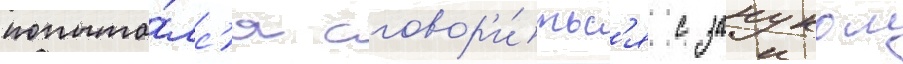
попыта́лс'я сговор'и́тьс'я с зануком